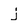
Character: j